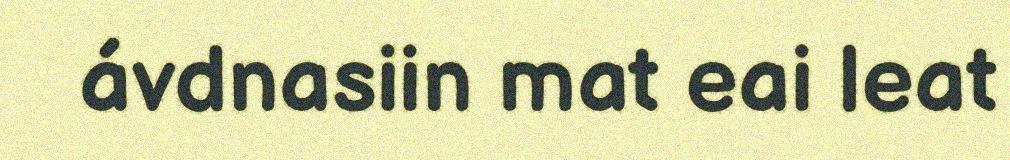
ávdnasiin mat eai leat